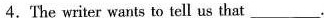
4.The writer wants to tell us that ___.